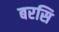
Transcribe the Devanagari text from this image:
बरसि